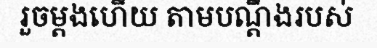
រួចម្តងហើយ តាមបណ្តឹងរបស់